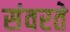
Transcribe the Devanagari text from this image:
संवरते